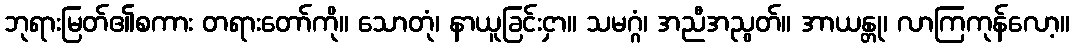
ဘုရားမြတ်၏စကား တရားတော်ကို။ သောတုံ၊ နာယူခြင်းငှာ။ သမဂ္ဂံ၊ အညီအညွတ်။ အာယန္တု၊ လာကြကုန်လော့။